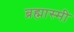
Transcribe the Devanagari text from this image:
ब्रह्मास्मी